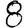
Digit: 8